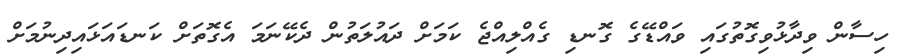
ހިސާން ވިދާޅުވިގޮތުގައި ވައްޑޭގެ ގޮނޑި ގެއްލިއްޖެ ކަމަށް ދައުލަތުން ދެކޭނަމަ އެގޮތަށް ކަނޑައަޅައިދިނުމަށް